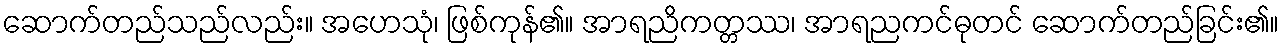
ဆောက်တည်သည်လည်း။ အဟေသုံ၊ ဖြစ်ကုန်၏။ အာရညိကတ္တဿ၊ အာရညကင်ဓုတင် ဆောက်တည်ခြင်း၏။